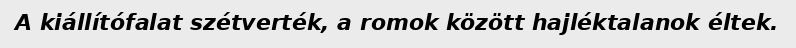
A kiállítófalat szétverték, a romok között hajléktalanok éltek.